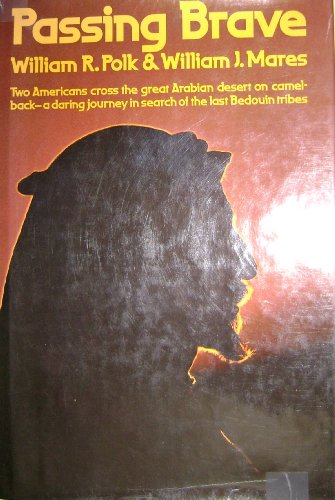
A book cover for Passing Brave; William Roe Polk; Travel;